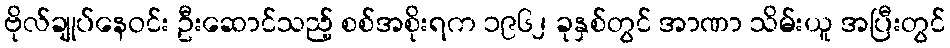
ဗိုလ်ချုပ်နေဝင်း ဦးဆောင်သည့် စစ်အစိုးရက ၁၉၆၂ ခုနှစ်တွင် အာဏာ သိမ်းယူ အပြီးတွင်